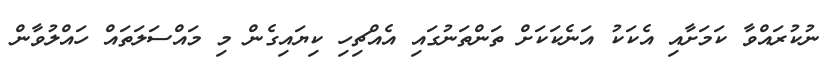
ނުކުރައްވާ ކަމަށާއި އެކަކު އަނެކަކަށް ތަންތަނުގައި އެއްޗިިހި ކިޔައިގެން މި މައްސަލަތައް ހައްލުވާން